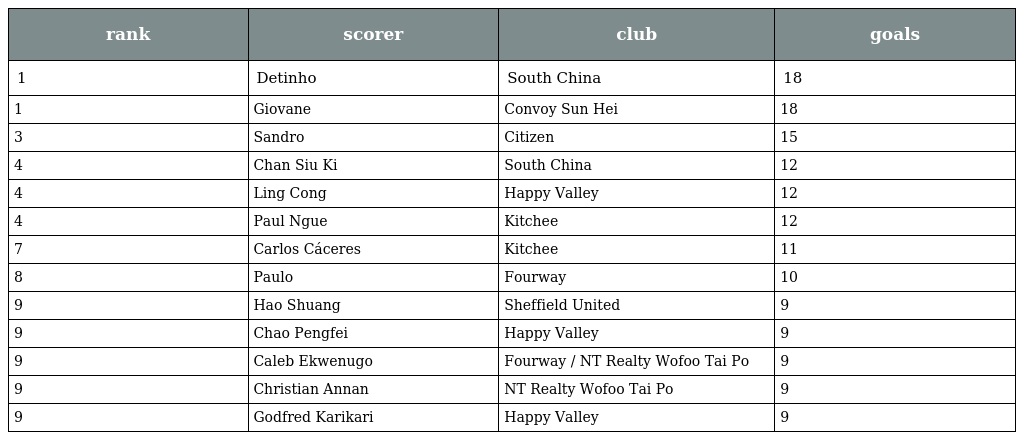
| rank | scorer | club | goals |
 | --- | --- | --- | --- |
 | 1 | Detinho | South China | 18 |
 | 1 | Giovane | Convoy Sun Hei | 18 |
 | 3 | Sandro | Citizen | 15 |
 | 4 | Chan Siu Ki | South China | 12 |
 | 4 | Ling Cong | Happy Valley | 12 |
 | 4 | Paul Ngue | Kitchee | 12 |
 | 7 | Carlos Cáceres | Kitchee | 11 |
 | 8 | Paulo | Fourway | 10 |
 | 9 | Hao Shuang | Sheffield United | 9 |
 | 9 | Chao Pengfei | Happy Valley | 9 |
 | 9 | Caleb Ekwenugo | Fourway / NT Realty Wofoo Tai Po | 9 |
 | 9 | Christian Annan | NT Realty Wofoo Tai Po | 9 |
 | 9 | Godfred Karikari | Happy Valley | 9 |